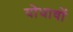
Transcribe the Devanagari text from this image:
योधावों